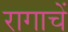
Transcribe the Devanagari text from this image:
रागाचें